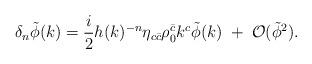
LaTeX: \begin{align*}\delta_n \tilde{\phi} (k) = \frac{i}{2} h(k)^{-n} \eta_{c \bar c}\rho_0^{\bar c} k^c \tilde{\phi} (k) \;+\; {\cal O} (\tilde{\phi}^2).\end{align*}